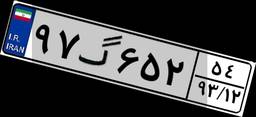
۹۷گ۶۵۲۵۴